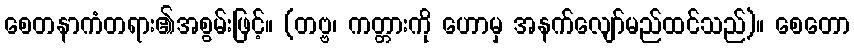
စေတနာကံတရား၏အစွမ်းဖြင့်။ (တဗ္ဗ၊ ကတ္တားကို ဟောမှ အနက်လျော်မည်ထင်သည်)။ စေတော